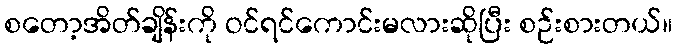
စတော့အိတ်ချိန်းကို ဝင်ရင်ကောင်းမလားဆိုပြီး စဉ်းစားတယ်။